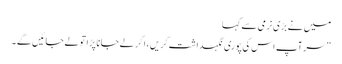
میں نے بڑی نرمی سے کہا
” سر آپ اس کی پوری نگہداشت کریں ، اگر لے جانا پڑا تو لے جائیں گے ۔